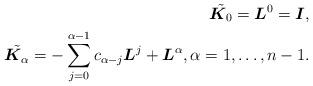
LaTeX: \begin{align*} \tilde{\boldsymbol{K}_0} = \boldsymbol{L}^0=\boldsymbol{I}, \\\tilde{\boldsymbol{K}_\alpha} = -\sum_{j=0}^{\alpha -1} c_{\alpha-j} \boldsymbol{L}^j+\boldsymbol{L}^\alpha , \alpha=1,\ldots, n-1.\end{align*}